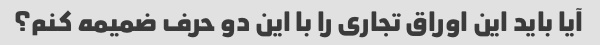
آیا باید این اوراق تجاری را با این دو حرف ضمیمه کنم؟